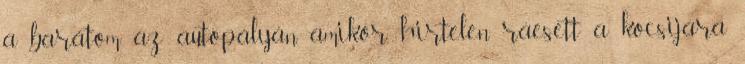
a barátom az autópályán, amikor hirtelen ráesett a kocsijára